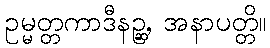
ဥမ္မတ္တကာဒီနဉ္ဆ, အနာပတ္တိ။